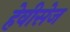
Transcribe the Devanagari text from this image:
हेवीसेज